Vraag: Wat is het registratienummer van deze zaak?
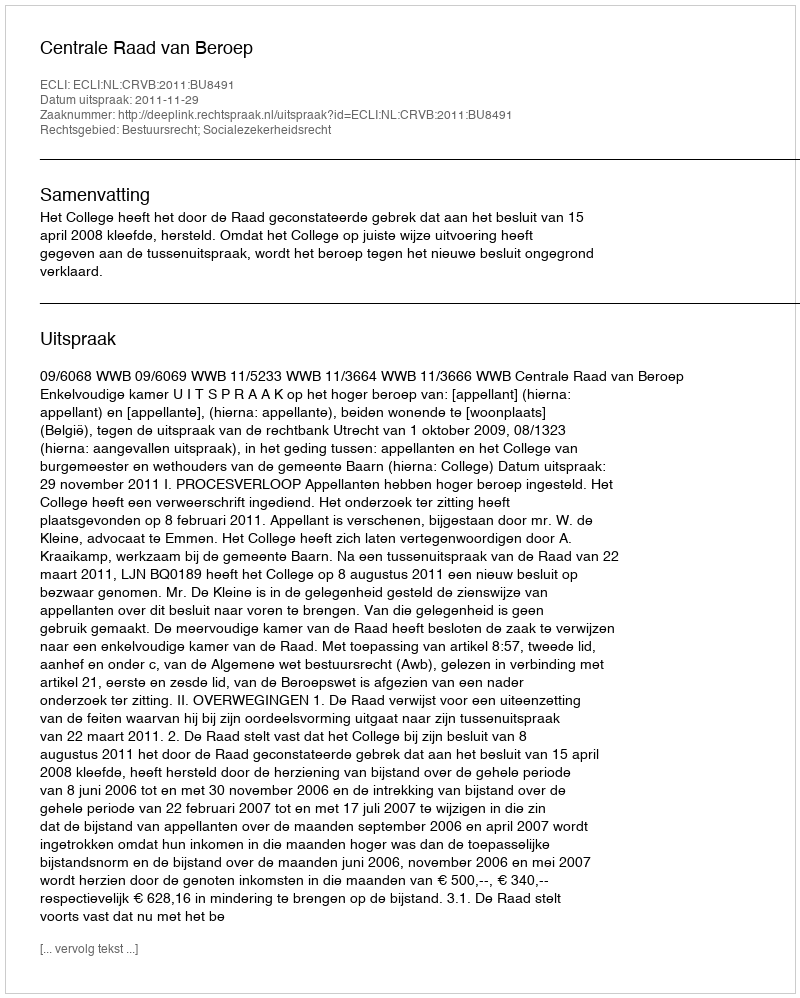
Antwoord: http://deeplink.rechtspraak.nl/uitspraak?id=ECLI:NL:CRVB:2011:BU8491